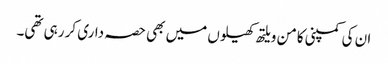
ان کی کمپنی کامن ویلتھ کھیلوں میں بھی حصہ داری کر رہی تھی۔